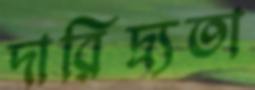
দারিদ্র্যতা